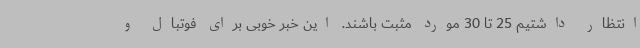
انتظار داشتیم 25 تا 30 مورد مثبت باشند. این خبر خوبی برای فوتبال و